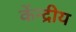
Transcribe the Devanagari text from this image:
केंन्‍द्रीय